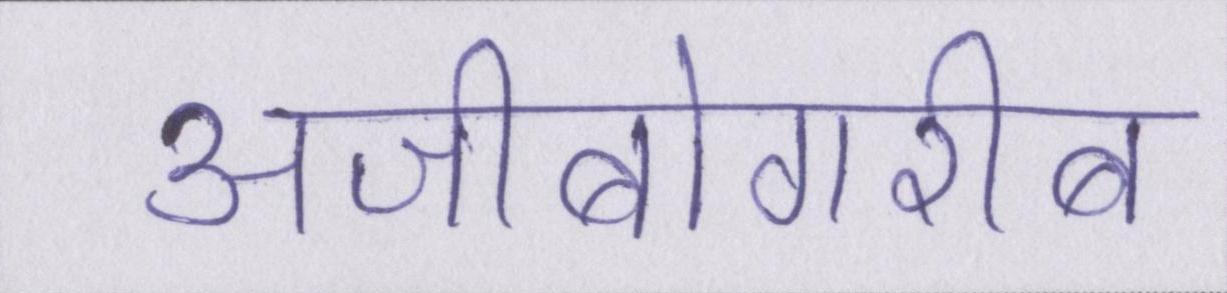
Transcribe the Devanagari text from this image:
अजीबोगरीब